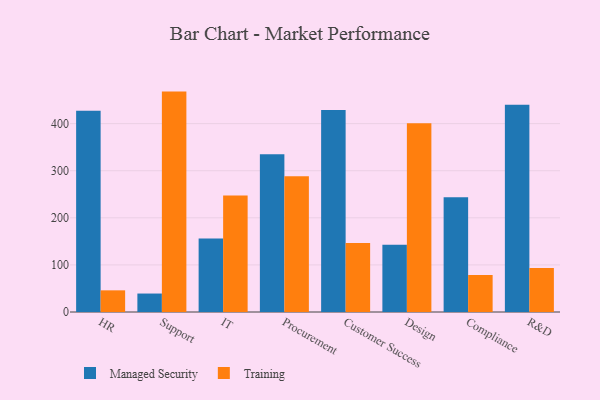
{"axis": {"x": "Department", "y": "Customer Acquisition Cost (USD)"}, "legend": ["Managed Security", "Training"], "data": [{"x": "HR", "y": 427.1, "type": "Managed Security"}, {"x": "HR", "y": 46.0, "type": "Training"}, {"x": "Support", "y": 39.2, "type": "Managed Security"}, {"x": "Support", "y": 468.0, "type": "Training"}, {"x": "IT", "y": 155.9, "type": "Managed Security"}, {"x": "IT", "y": 247.4, "type": "Training"}, {"x": "Procurement", "y": 335.2, "type": "Managed Security"}, {"x": "Procurement", "y": 288.3, "type": "Training"}, {"x": "Customer Success", "y": 428.7, "type": "Managed Security"}, {"x": "Customer Success", "y": 146.5, "type": "Training"}, {"x": "Design", "y": 142.9, "type": "Managed Security"}, {"x": "Design", "y": 401.0, "type": "Training"}, {"x": "Compliance", "y": 243.5, "type": "Managed Security"}, {"x": "Compliance", "y": 78.7, "type": "Training"}, {"x": "R&D", "y": 440.0, "type": "Managed Security"}, {"x": "R&D", "y": 93.3, "type": "Training"}]}